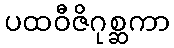
ပထဝီဇိဂုစ္ဆကာ